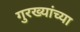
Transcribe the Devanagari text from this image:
गुरख्यांच्या